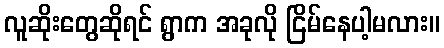
လူဆိုးတွေဆိုရင် ရွာက အခုလို ငြိမ်နေပါ့မလား။